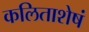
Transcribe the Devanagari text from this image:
कलिताशेषं